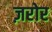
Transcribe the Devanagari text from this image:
ज़रोर